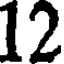
12